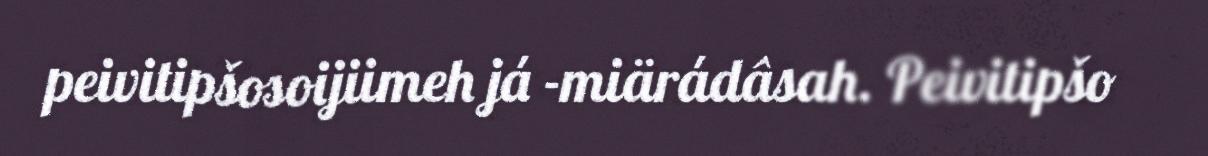
peivitipšosoijiimeh já -miärádâsah. Peivitipšo